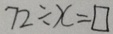
7 2 \div x = \square